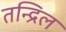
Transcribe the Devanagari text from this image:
तन्द्रिल